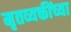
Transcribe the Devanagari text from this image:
मृतव्यक्तींच्या